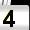
Digit: 4